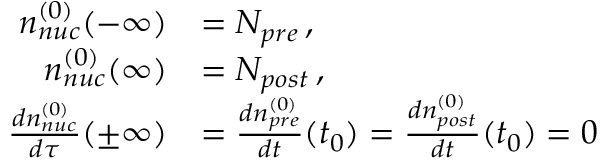
\begin{array} { r l } { n _ { n u c } ^ { ( 0 ) } ( - \infty ) } & { = N _ { p r e } \, , } \\ { n _ { n u c } ^ { ( 0 ) } ( \infty ) } & { = N _ { p o s t } \, , } \\ { { \frac { d n _ { n u c } ^ { ( 0 ) } } { d \tau } } ( \pm \infty ) } & { = { \frac { d n _ { p r e } ^ { ( 0 ) } } { d t } } ( t _ { 0 } ) = { \frac { d n _ { p o s t } ^ { ( 0 ) } } { d t } } ( t _ { 0 } ) = 0 } \end{array}